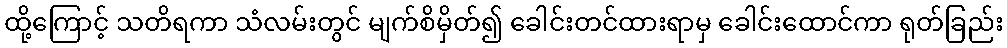
ထို့ကြောင့် သတိရကာ သံလမ်းတွင် မျက်စိမှိတ်၍ ခေါင်းတင်ထားရာမှ ခေါင်းထောင်ကာ ရုတ်ခြည်း